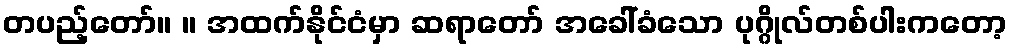
တပည့်တော်။ ။ အထက်နိုင်ငံမှာ ဆရာတော် အခေါ်ခံသော ပုဂ္ဂိုလ်တစ်ပါးကတော့